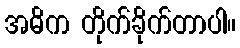
အဓိက တိုက်ခိုက်တာပါ။